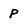
Character: p